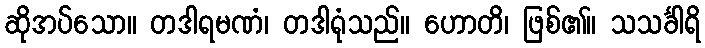
ဆိုအပ်သော။ တဒါရမဏံ၊ တဒါရုံသည်။ ဟောတိ၊ ဖြစ်၏။ သသင်္ခါရိ